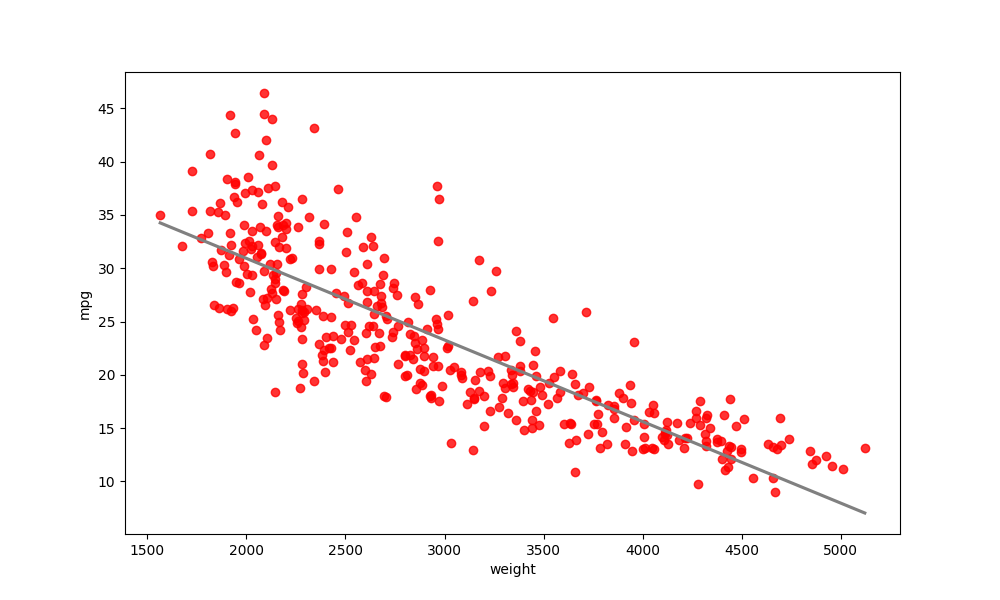
python, seaborn, regplot, order=1, ci=None, scatter_color=red, line_color=gray